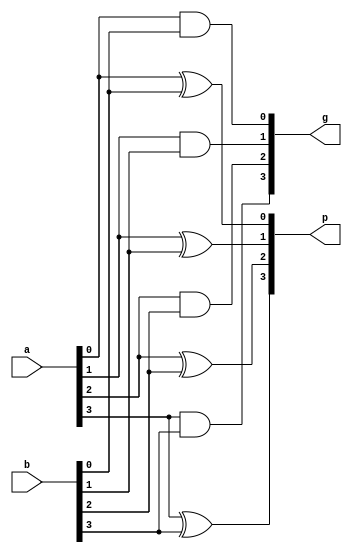
/*
Dimitrios Papageorgacopoulos
Posnett
CSC137
CSUS
9 April 2019

The following is a 4 bit PG Unit to be used as the 
first part of a four bit adder/subtractor.
*/

module PGU(p,g,a,b);
input [3:0]a, b;
output [3:0]p, g;

xor p0XOR(p[0], a[0], b[0]);//p0 is a0 XOR b0
and g0AND(g[0], a[0], b[0]);

xor  p1XOR(p[1], a[1], b[1]);
and g1AND(g[1],a[1],b[1]);

xor p2XOR(p[2],a[2],b[2]);
and g2AND(g[2],a[2],b[2]);

xor p3XOR(p[3],a[3],b[3]);
and g3(g[3],a[3],b[3]);

endmodule

/*
module PGU_tb();
	reg [3:0] a,b;
	wire [3:0]p,g;
	
	PGU myPGU(p,g,a,b);
	
	initial begin
	$monitor("p[0]=%b,g[0]=%b,p[1]=%b,g[1]=%b,p[2]=%b,g[2]=%b,p[3]=%b,g[3]=%b", 
			p[0],g[0],p[1],g[1],p[2],g[2],p[3],g[3]);
	end
	
	initial begin
	#10
	//output should be 10010001
	a= 4'b1001;
	
	b=4'b1100;
	end
	endmodule
*/